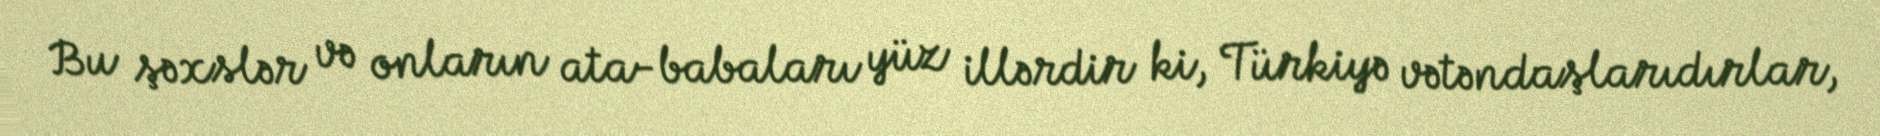
Bu şəxslər və onların ata-babaları yüz illərdir ki, Türkiyə vətəndaşlarıdırlar,